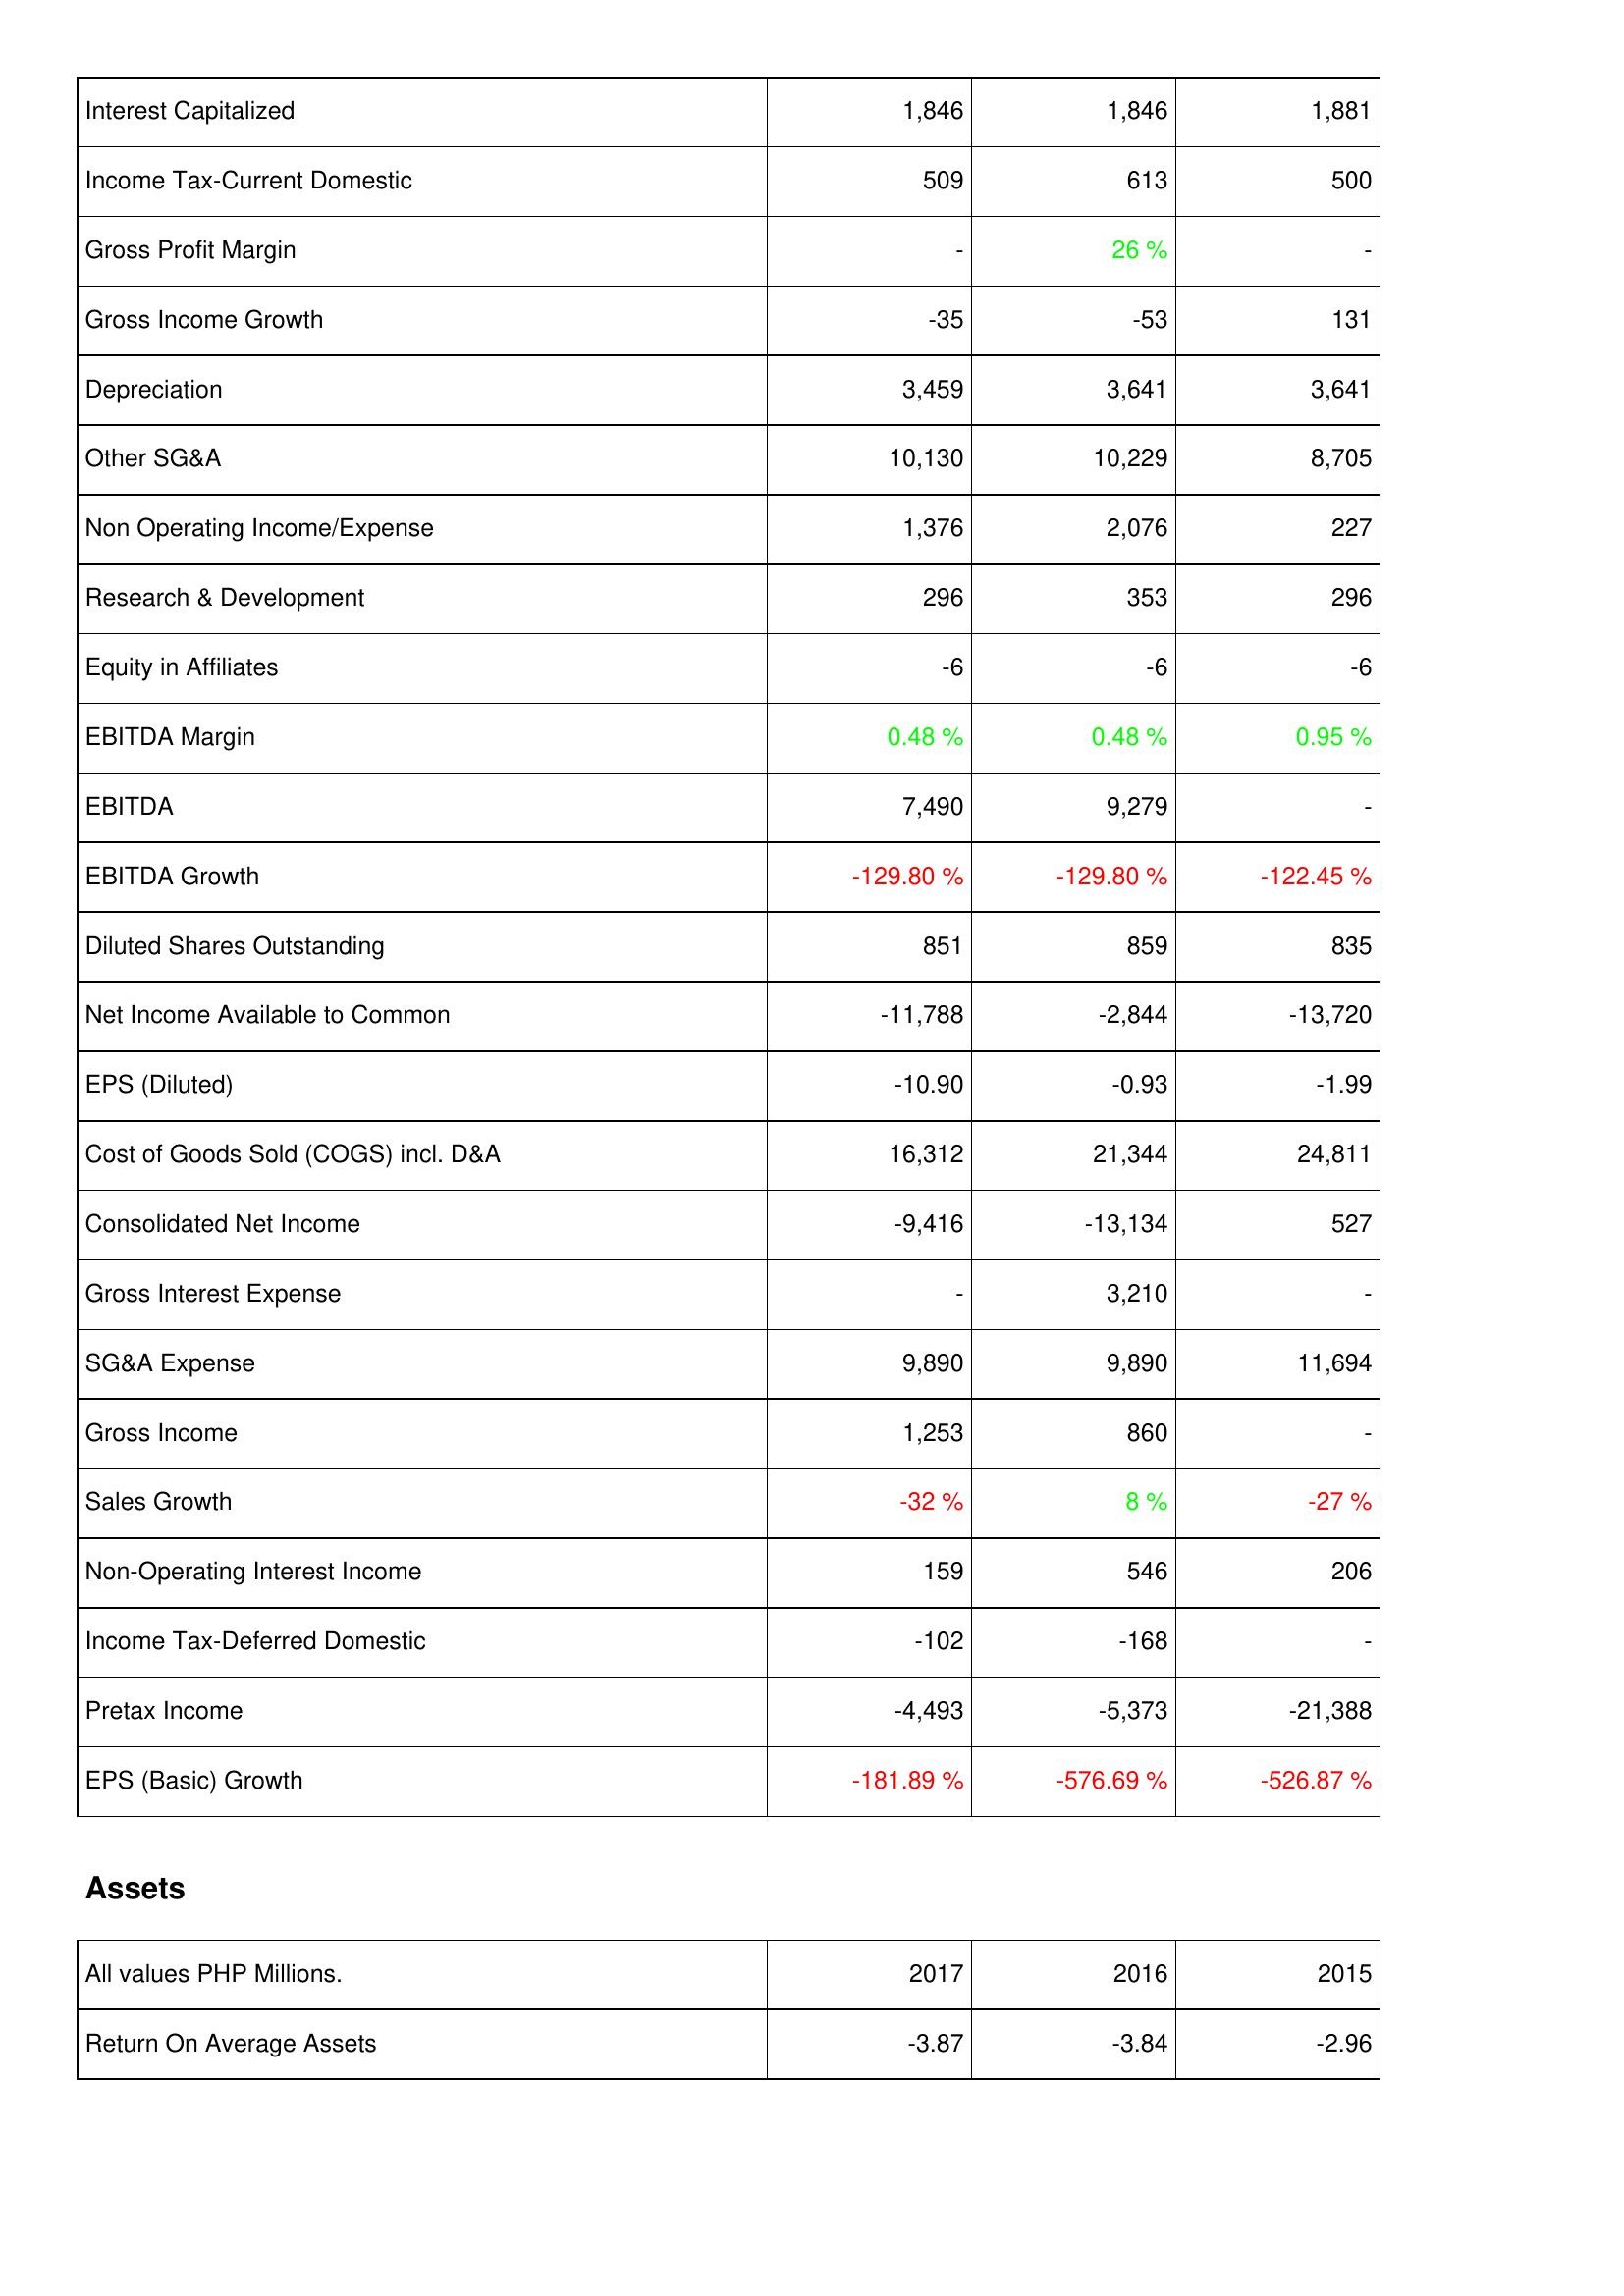
2017: Income Statement: Interest Capitalized: 1,846
Income Tax-Current Domestic: 509
Gross Profit Margin: -
Gross Income Growth: -35
Depreciation: 3,459
Other SG&A: 10,130
Non Operating Income/Expense: 1,376
Research & Development: 296
Equity in Affiliates: -6
EBITDA Margin: 0.48 %
EBITDA: 7,490
EBITDA Growth: -129.80 %
Diluted Shares Outstanding: 851
Net Income Available to Common: -11,788
EPS (Diluted): -10.90
Cost of Goods Sold (COGS) incl. D&A: 16,312
Consolidated Net Income: -9,416
Gross Interest Expense: -
SG&A Expense: 9,890
Gross Income: 1,253
Sales Growth: -32 %
Non-Operating Interest Income: 159
Income Tax-Deferred Domestic: -102
Pretax Income: -4,493
EPS (Basic) Growth: -181.89 %
Assets: Return On Average Assets: -3.87
2016: Income Statement: Interest Capitalized: 1,846
Income Tax-Current Domestic: 613
Gross Profit Margin: 26 %
Gross Income Growth: -53
Depreciation: 3,641
Other SG&A: 10,229
Non Operating Income/Expense: 2,076
Research & Development: 353
Equity in Affiliates: -6
EBITDA Margin: 0.48 %
EBITDA: 9,279
EBITDA Growth: -129.80 %
Diluted Shares Outstanding: 859
Net Income Available to Common: -2,844
EPS (Diluted): -0.93
Cost of Goods Sold (COGS) incl. D&A: 21,344
Consolidated Net Income: -13,134
Gross Interest Expense: 3,210
SG&A Expense: 9,890
Gross Income: 860
Sales Growth: 8 %
Non-Operating Interest Income: 546
Income Tax-Deferred Domestic: -168
Pretax Income: -5,373
EPS (Basic) Growth: -576.69 %
Assets: Return On Average Assets: -3.84
2015: Income Statement: Interest Capitalized: 1,881
Income Tax-Current Domestic: 500
Gross Profit Margin: -
Gross Income Growth: 131
Depreciation: 3,641
Other SG&A: 8,705
Non Operating Income/Expense: 227
Research & Development: 296
Equity in Affiliates: -6
EBITDA Margin: 0.95 %
EBITDA: -
EBITDA Growth: -122.45 %
Diluted Shares Outstanding: 835
Net Income Available to Common: -13,720
EPS (Diluted): -1.99
Cost of Goods Sold (COGS) incl. D&A: 24,811
Consolidated Net Income: 527
Gross Interest Expense: -
SG&A Expense: 11,694
Gross Income: -
Sales Growth: -27 %
Non-Operating Interest Income: 206
Income Tax-Deferred Domestic: -
Pretax Income: -21,388
EPS (Basic) Growth: -526.87 %
Assets: Return On Average Assets: -2.96